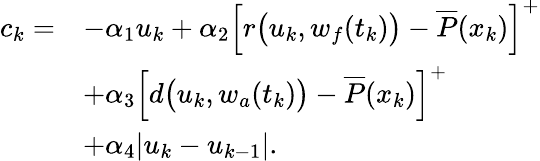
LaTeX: \begin{array}{rl}{c_{k}=}&{-\alpha_{1}u_{k}+\alpha_{2}\Big[r\big(u_{k},w_{f}(t_{k})\big)-\overline{{P}}(x_{k})\Big]^{+}}\\ &{+\alpha_{3}\Big[d\big(u_{k},w_{a}(t_{k})\big)-\overline{{P}}(x_{k})\Big]^{+}}\\ &{+\alpha_{4}|u_{k}-u_{k-1}|.}\end{array}